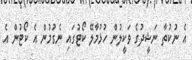
އެ ނުކުތާ ނަޝީދުގެ ވަކީލުން ހުޅުމާލޭ ކޯޓުގައި ނެގުމުން އެ ކޯޓުން އެ